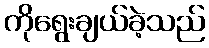
ကိုရွေးချယ်ခဲ့သည်